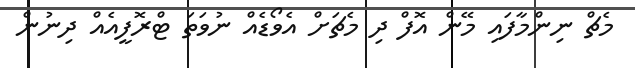
މެޗް ނިންމާފައި މޭން އޮފް ދި މެޗަށް އެވޯޑެއް ނުވަތަ ޓްރޮފީއެއް ދިނުން